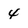
Character: 4